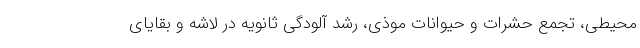
محیطی، تجمع حشرات و حیوانات موذی، رشد آلودگی ثانویه در لاشه و بقایای